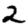
Digit: 2